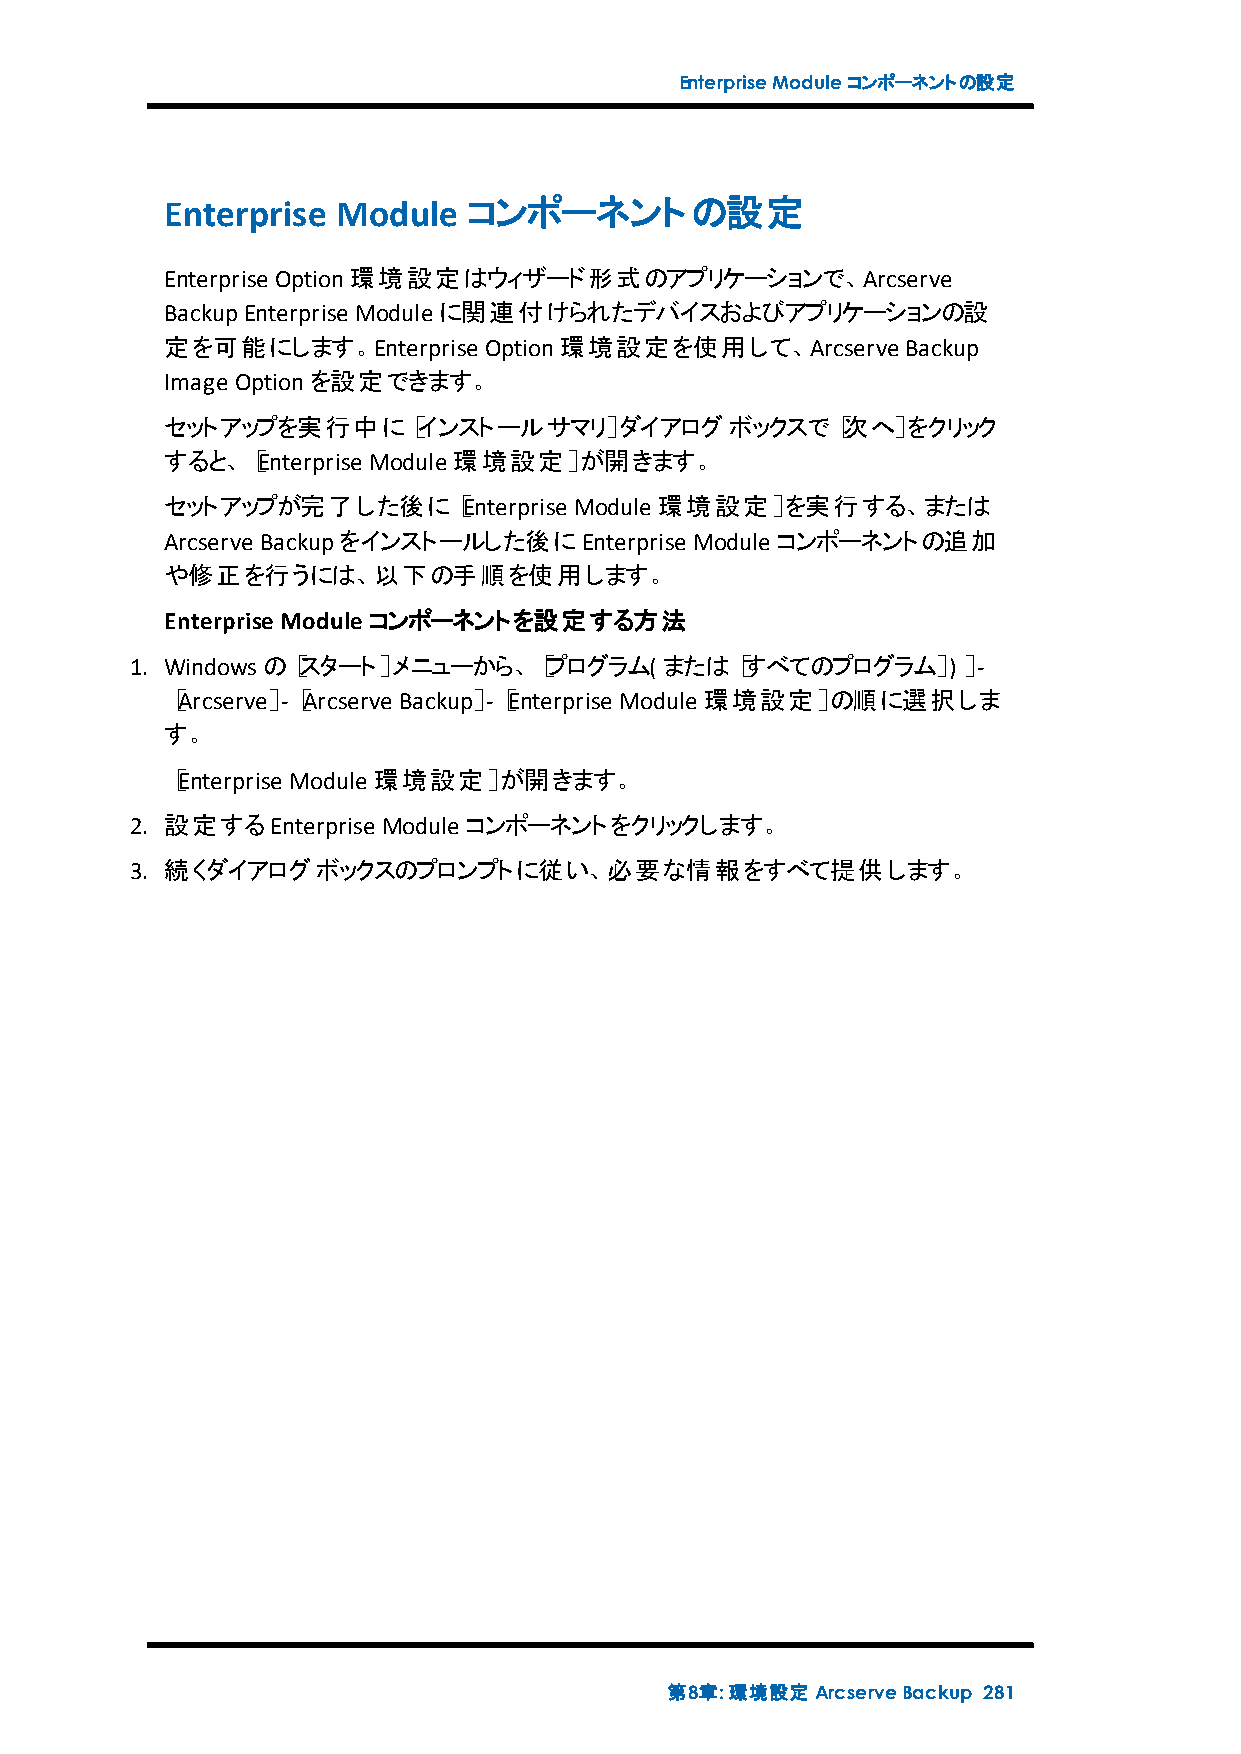
EnterpriseModuleコンポーネントの設定
 Enterprise Module   コンポーネントの設定
 Enterprise Option環境設定はウィザード形式のアプリケーションで、Arcserve
 BackupEnterprise Module に関連付けられたデバイスおよびアプリケーションの設
 定を可能にします。Enterprise  Option環境設定を使用して、Arcserve    Backup
 Image Optionを設定できます。
 セットアップを実行中に［インストールサマリ］ダイアログボックスで［次へ］をクリック
 すると、［Enterprise Module 環境設定］が開きます。
 セットアップが完了した後に［Enterprise   Module 環境設定］を実行する、または
 Arcserve Backupをインストールした後にEnterprise Module コンポーネントの追加
 や修正を行うには、以下の手順を使用します。
 EnterpriseModuleコンポーネントを設定する方法
 1. Windowsの［スタート］メニューから、［プログラム(    または［すべてのプログラム］)     ］-
 ［Arcserve］-［Arcserve Backup］-［Enterprise Module 環境設定］の順に選択しま
 す。
 ［Enterprise Module 環境設定］が開きます。
 2. 設定するEnterprise Module コンポーネントをクリックします。
 3. 続くダイアログボックスのプロンプトに従い、必要な情報をすべて提供します。
 第8章:環境設定ArcserveBackup 281